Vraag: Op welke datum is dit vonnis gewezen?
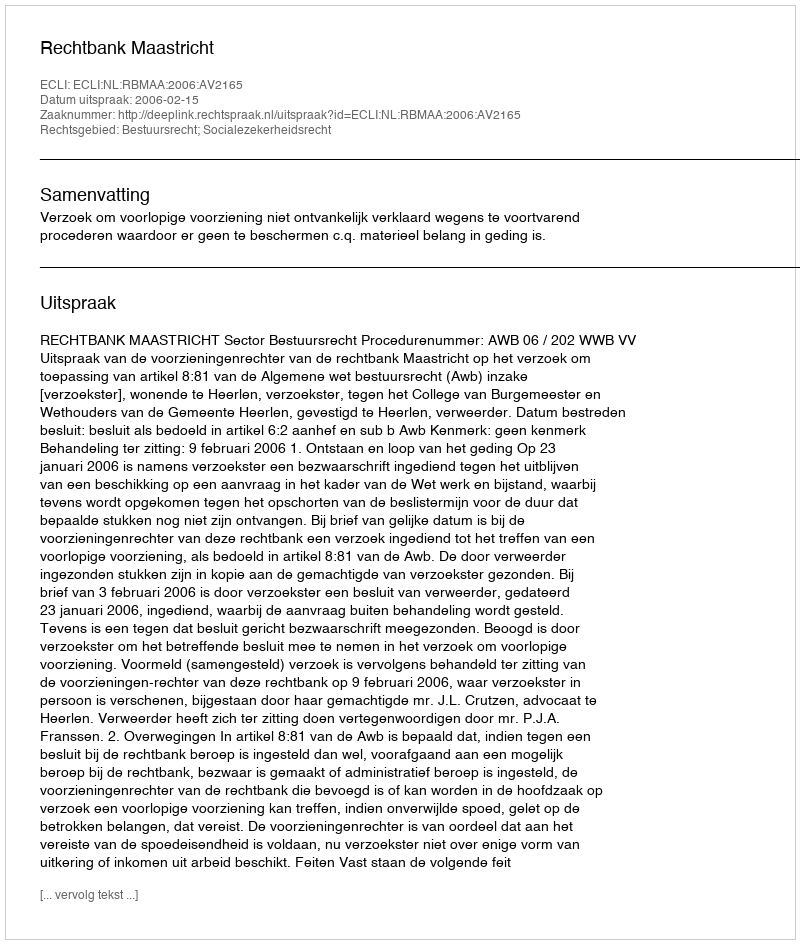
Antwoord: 2006-02-15